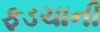
ફડચાની